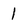
Character: 1